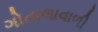
ગોતાલાવાળી